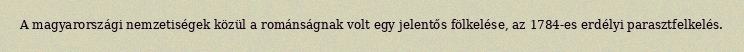
A magyarországi nemzetiségek közül a románságnak volt egy jelentős fölkelése, az 1784-es erdélyi parasztfelkelés.